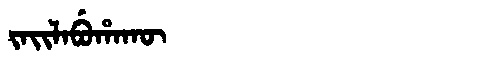
Manchu: ᠵᠠᡳᠯᠠᠪᡠᡥᠠᡴᡡ
Romanization: JAILABUHAKŪ